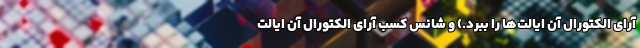
آرای الکتورال آن ایالت‌ها را ببرد.) و شانس کسب آرای الکتورال آن ایالت